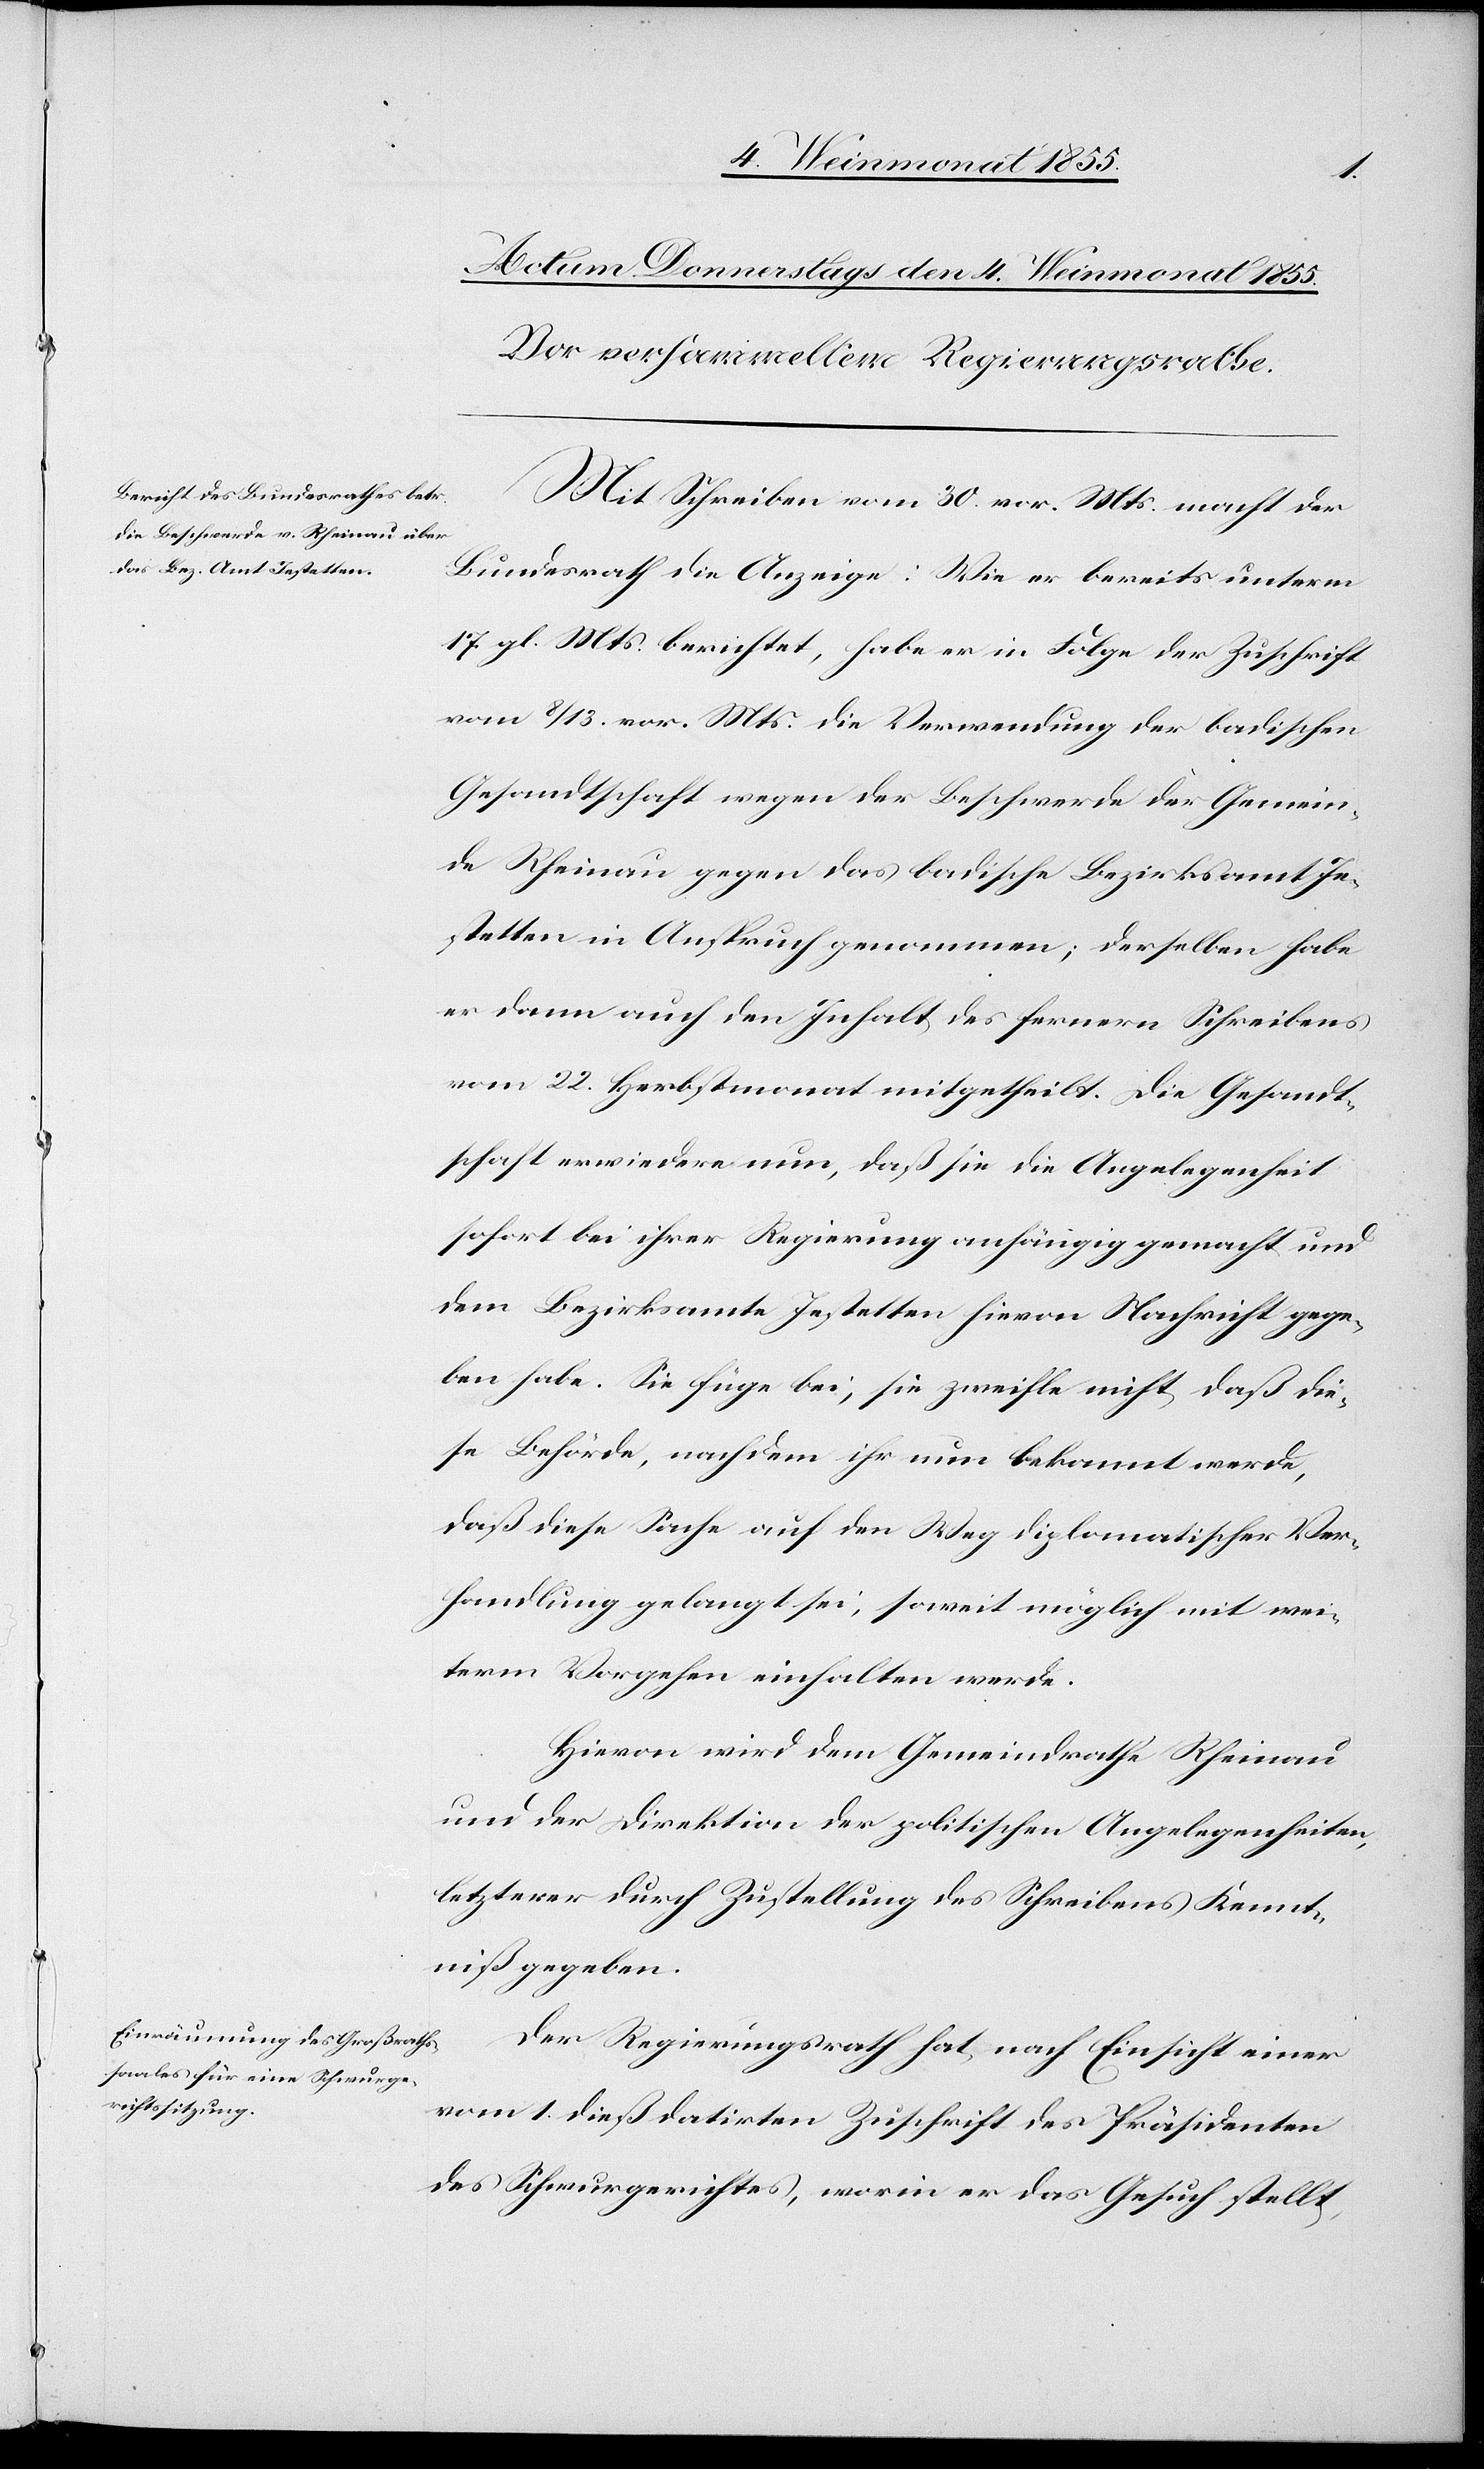
Mit Schreiben vom 30. vor. Mts. macht der
Bundesrath die Anzeige: Wie er bereits unterm
17. gl. Mts. berichtet, habe er in Folge der Zuschrift
vom 8 / 13. vor. Mts. die Verwendung der badischen
Gesandtschaft wegen der Beschwerde der Gemein¬
de Rheinau gegen das badische Bezirksamt Je¬
stetten in Anspruch genommen; derselben habe
er dann auch den Inhalt des fernern Schreibens
vom 22. Herbstmonat mitgetheilt. Die Gesandt¬
schaft erwiedere nun, daß sie die Angelegenheit
sofort bei ihrer Regierung anhängig gemacht und
dem Bezirksamte Jestetten hievon Nachricht gege¬
ben habe. Sie füge bei, sie zweifle nicht, daß die¬
se Behörde, nachdem ihr nun bekannt werde,
daß diese Sache auf den Weg diplomatischer Ver¬
handlung gelangt sei, soweit möglich mit wei¬
term Vorgehen einhalten werde.
Hievon wird dem Gemeindrathe Rheinau
und der Direktion der politischen Angelegenheiten,
letzterer durch Zustellung des Schreibens Kennt¬
niß gegeben.
Der Regierungsrath hat, nach Einsicht einer
vom 1. dieß datirten Zuschrift des Präsidenten
des Schwurgerichtes, worin er das Gesuch stellt,